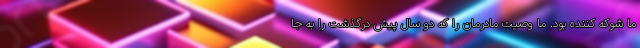
ما شوکه کننده بود. ما وصیت مادرمان را که دو سال پیش درگذشت را به جا